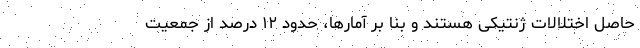
حاصل اختلالات ژنتیکی هستند و بنا بر آمارها، حدود ۱۲ درصد از جمعیت